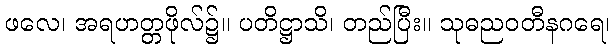
ဖလေ၊ အရဟတ္တဖိုလ်၌။ ပတိဋ္ဌာသိ၊ တည်ပြီး။ သုဓညဝတီနဂရေ၊